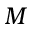
M